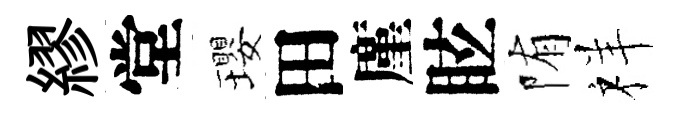
繆堂瓔田廑眩陏祥